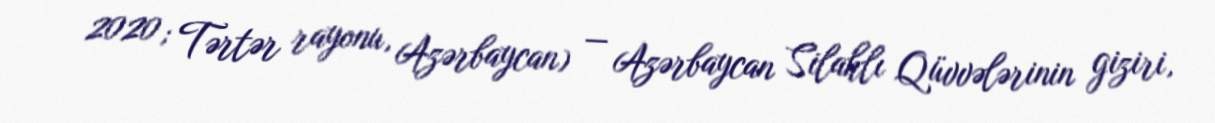
2020; Tərtər rayonu, Azərbaycan) — Azərbaycan Silahlı Qüvvələrinin giziri,